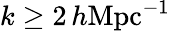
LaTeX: k\geq 2\, h\textrm{Mpc}{^{-1}}